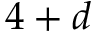
4 + d